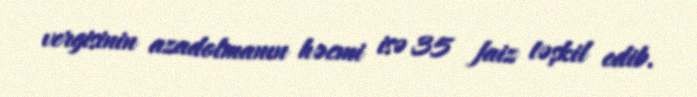
vergisinin azadolmanın həcmi isə 35 faiz təşkil edib.